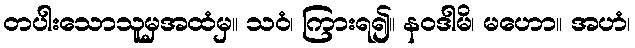
တပါးသောသူမှအထံမှ။ သဝံ၊ ကြားရ၍။ နဝဒါမိ၊ မဟော။ အဟံ၊